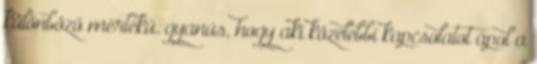
különböző mértékű. gyanús, hogy aki közelebbi kapcsolatot ápol a